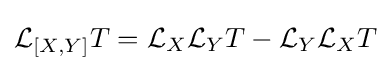
{\mathcal {L}}_{[X,Y]}T={\mathcal {L}}_{X}{\mathcal {L}}_{Y}T-{\mathcal {L}}_{Y}{\mathcal {L}}_{X}T